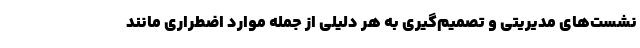
نشست‌های مدیریتی و تصمیم‌گیری به هر دلیلی از جمله موارد اضطراری مانند